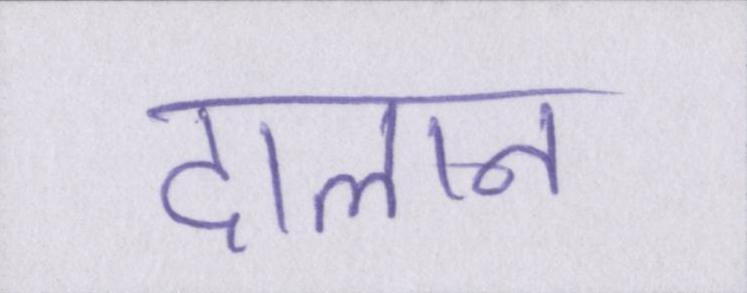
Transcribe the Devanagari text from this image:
दालान